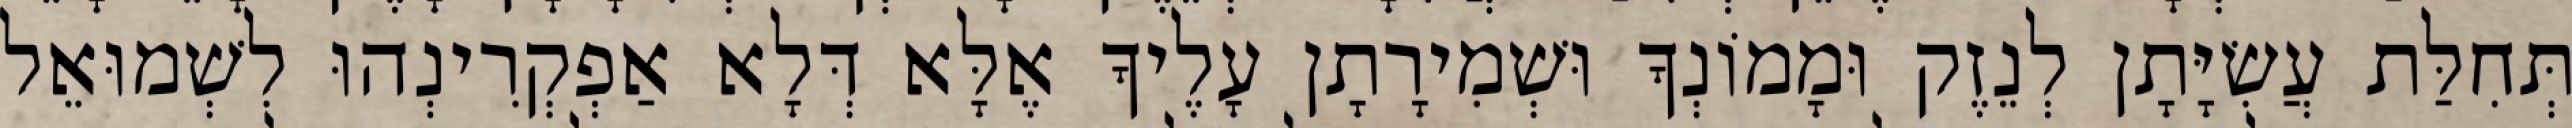
תְּחִלַּת עֲשִׂיָּתָן לְנֵזֶק וּמָמוֹנְךָ וּשְׁמִירָתָן עָלֶיךָ אֶלָּא דְּלָא אַפְקְרִינְהוּ לִשְׁמוּאֵל